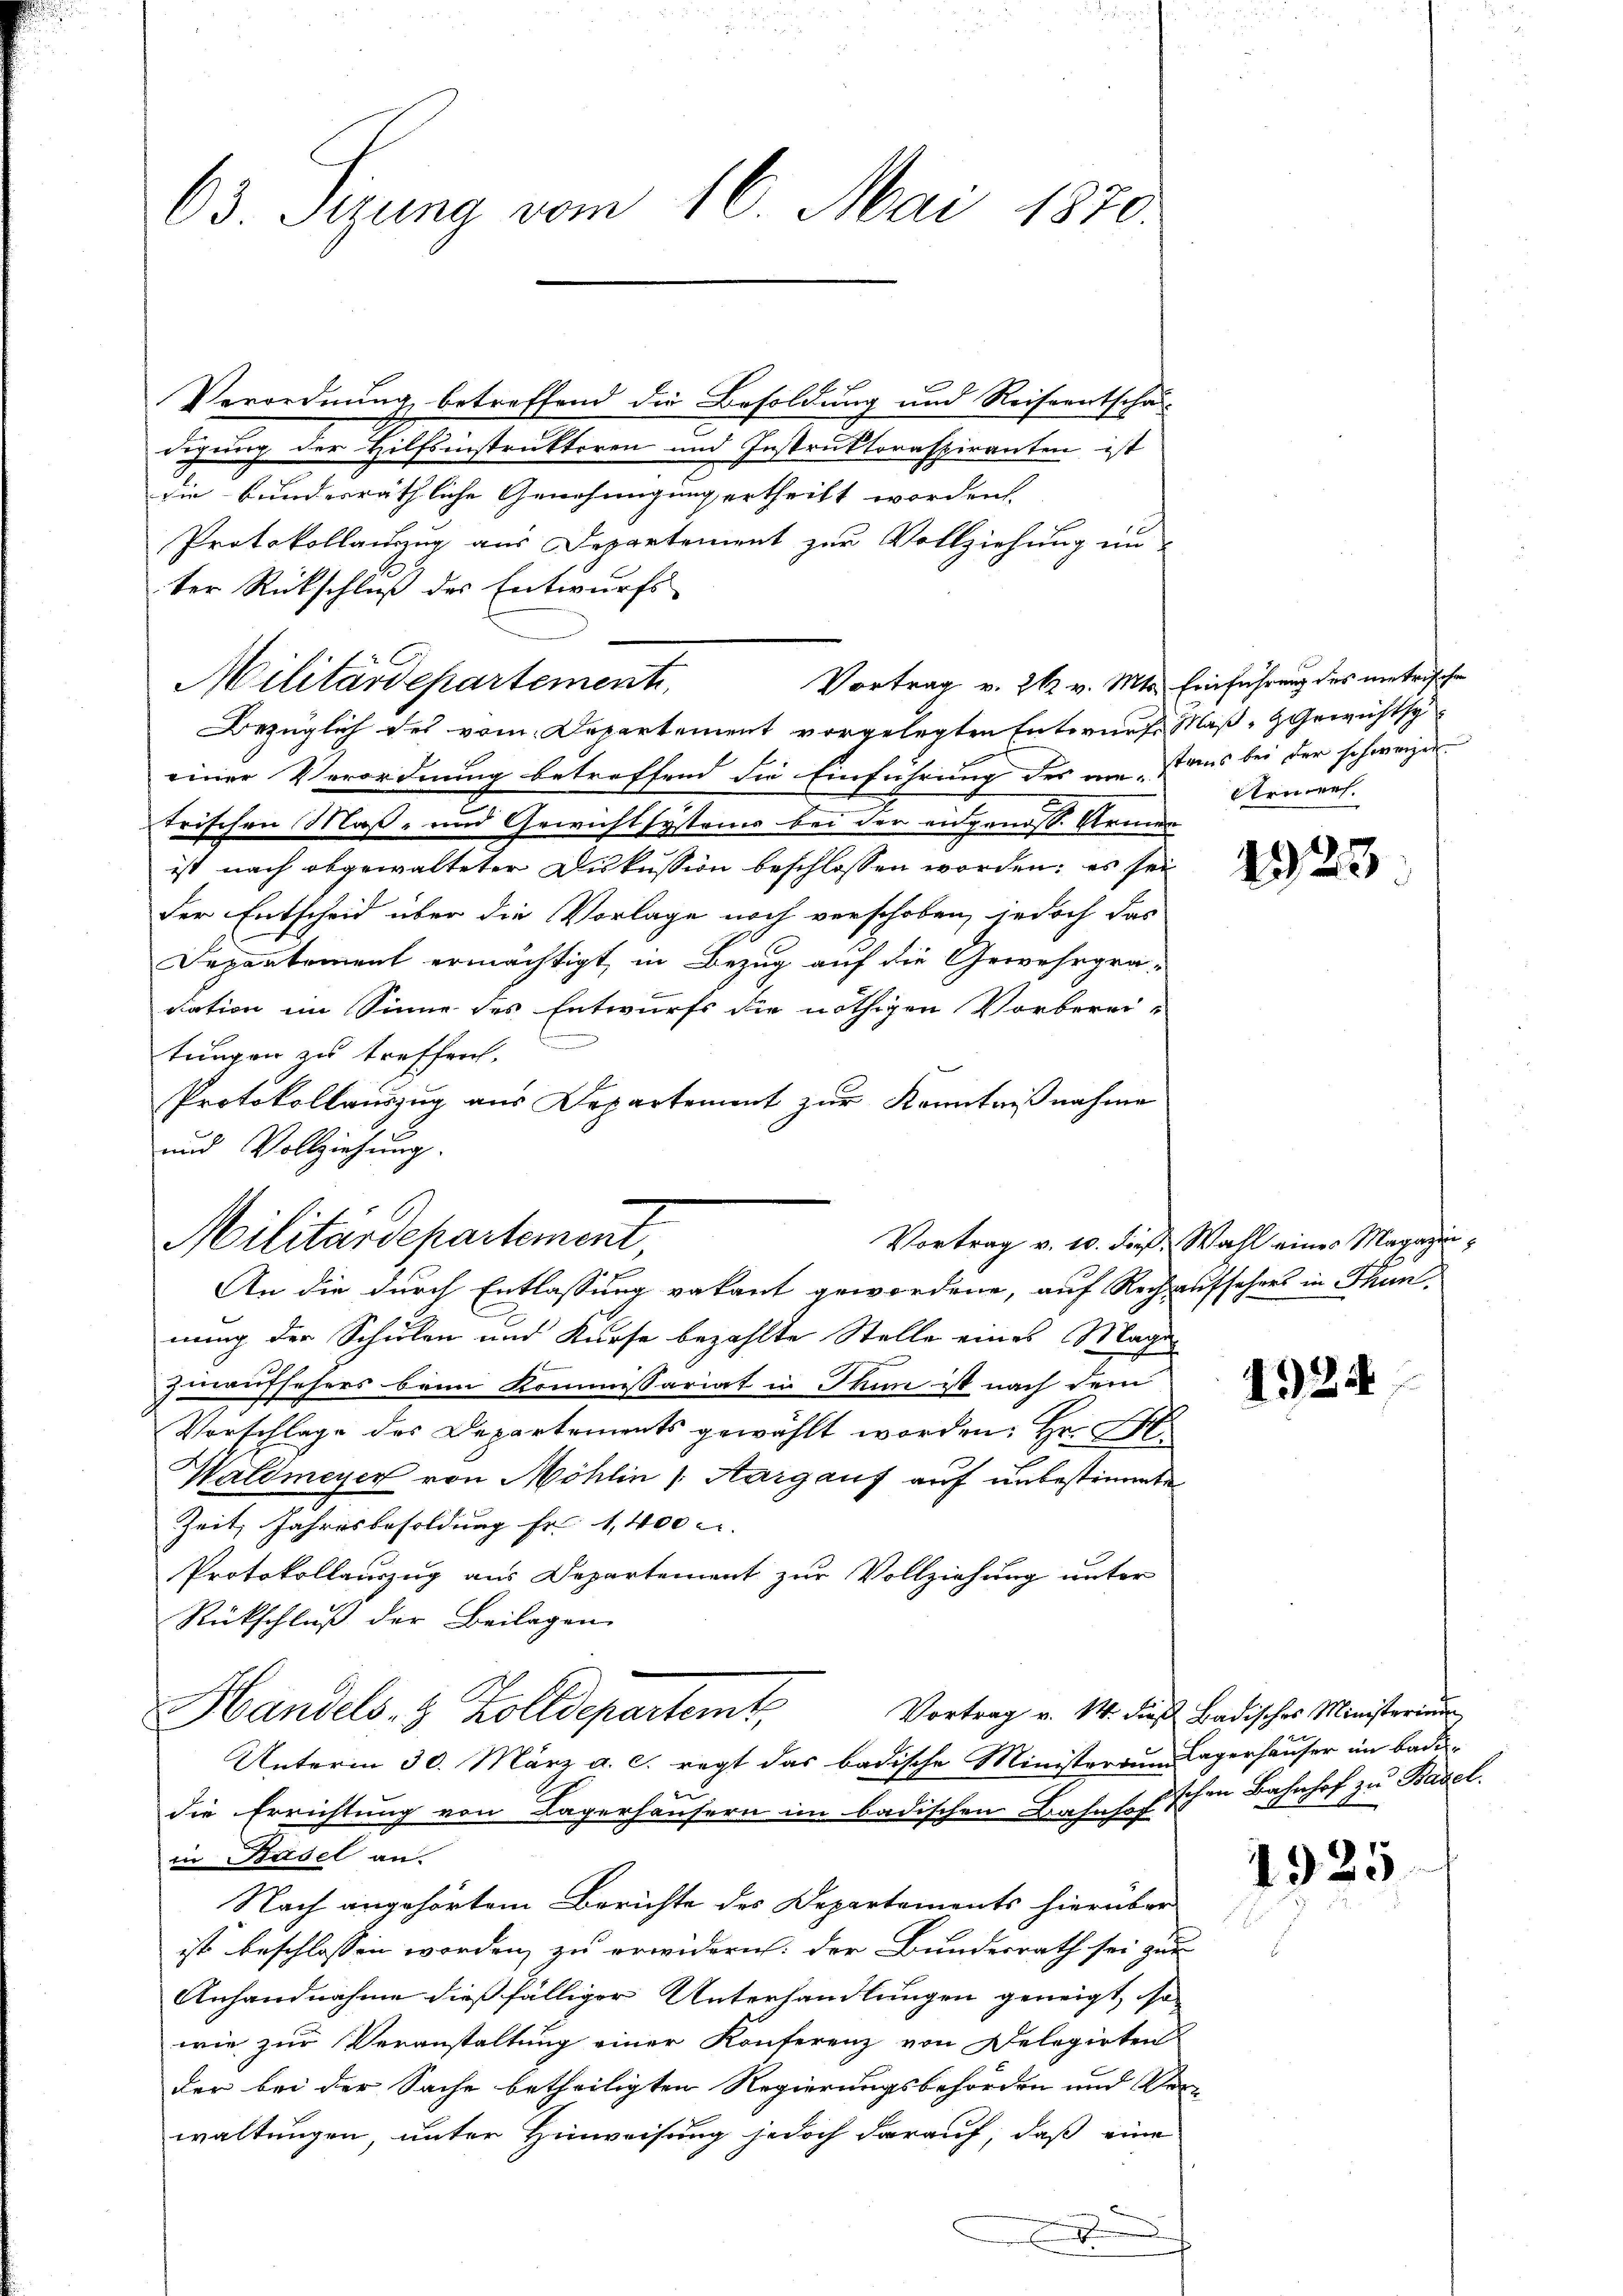
63. Sizung vom 16. Mai 1870.

Verordnung betreffend die Besoldung und Reiseentschaf-
digung der Hilfsinstruktoren und Instruktoraspiranten ist
die bundesräthliche Genehmigung ertheilt worden.
Protokollauzug aus Departement zur Vollziehung un-
ter Rückschluß des Entwurfs
Militärdepartement,
Bezüglich des vom Departement vorgelegten Entwurf Maß-Gewichtsy
einer Verordnung betreffend die Einführung des am aus bei der schweizer
trischen Maß- und Gewichtsystems bei der eidgenoss. Armen
ist nach abgewalteter Diskussion beschlossen worden; es sei
der Entscheid über die Vorlage noch verschoben, jedoch das
Departement ermächtigt, in Bezug auf die Gewehrgra-
sation im Sinne des Entwurfs die nöthigen Vorberei-
.
tungen zu treffen.
Protokollauszug aus Departement zur Kenntnißnahme
und Vollziehung.
An die durch Entlassung vakant gewordene, auf Rechaufsehers in Thun-
nung der Schulen und Kurse bezahlte Stelle eines Mache
hinaufsehers beim Kommissariat in Thun ist nach dem
Vorschlage des Departements gewählt worden: Hr. H.
Waldmeyer von Möhlin (Aargauf auf unbestimmte
Zeit Jahresbesoldung fr. 1,400 u.
Protokollauszug aus Departement zur Vollziehung unter
Rückschluß der Beilagen
Vortrag v. 14. dieß Badisches Ministerium
Handels- & Zolldepartemt,
Unterm 30. März a. c. regt das badische Ministerium Lagerhauser im Badidie Errichtung von Lagerhäusern im badischen Bahnhof-
in Basel an.
Nach angehörtem Berichte des Departements hierüber
ist beschlossen worden, zu erwidern: der Bundesrath sei zur
Anhandnahme dießfälliger Unterhandlungen geneigt, so
wie zur Veranstaltung einer Konferenz von Delegirten
der bei der Sache betheiligten Regierungsbehörden und Verwaltungen, unter Hinweisung jedoch darauf, daß eine

Militärdepartement,

Vortrag v. 26. v. Mts. Einführung des metrische

Arment.

223

Vortrag v. 10. dieß. Wahl eines Magazin¬

1924

schen Bahnhof zu Basel.

1925